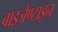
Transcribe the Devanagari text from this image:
बाइजैण्टाइन